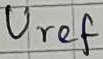
Text: Uref